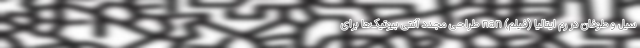
سیل و طوفان در رم ایتالیا (فیلم) nan طراحی مجدد آنتی بیوتیک‌ها برای